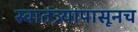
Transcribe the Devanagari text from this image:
स्वातंत्र्यापासूनच